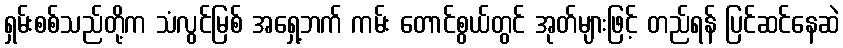
ရှမ်းစစ်သည်တို့က သံလွင်မြစ် အရှေ့ဘက် ကမ်း တောင်စွယ်တွင် အုတ်များဖြင့် တည်ရန် ပြင်ဆင်နေဆဲ